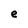
Character: e